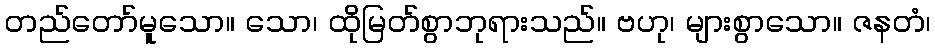
တည်တော်မူသော။ သော၊ ထိုမြတ်စွာဘုရားသည်။ ဗဟု၊ များစွာသော။ ဇနတံ၊